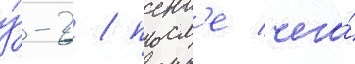
у́-2 / посл'е чего́